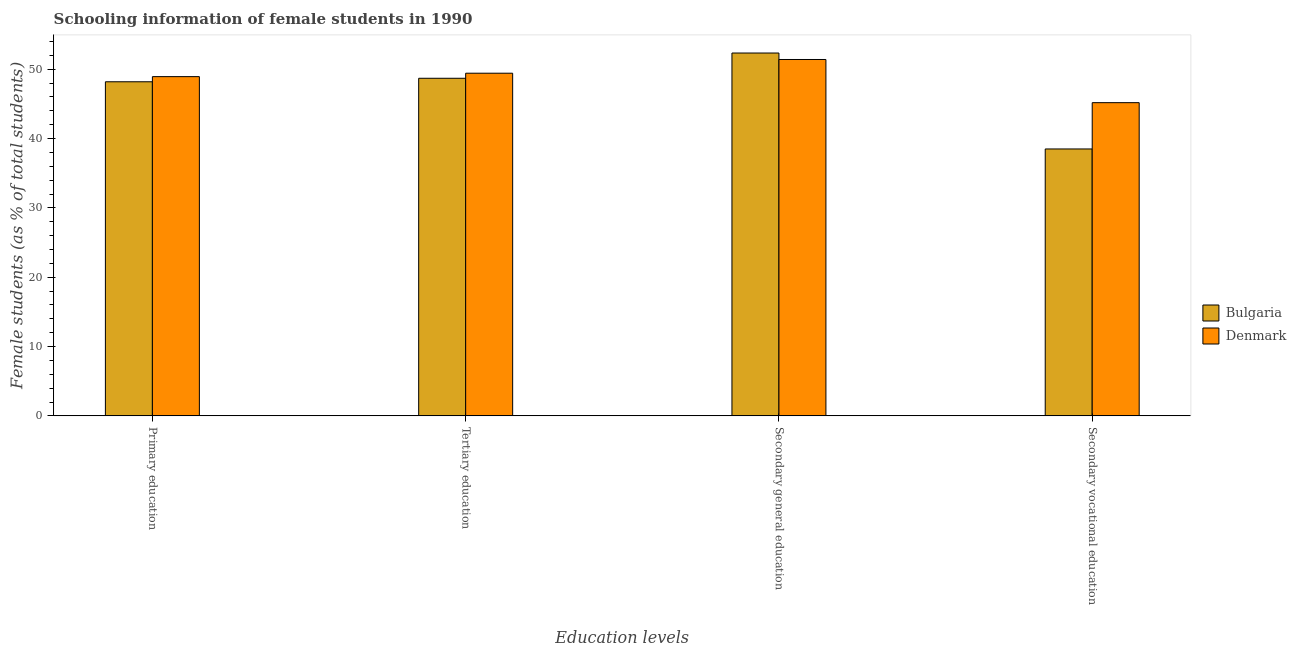
| Education levels | Bulgaria | Denmark |
 | --- | --- | --- |
 | Primary education | 48.2 | 48.9 |
 | Tertiary education | 48.7 | 49.4 |
 | Secondary general education | 52.3 | 51.4 |
 | Secondary vocational education | 38.5 | 45.2 |